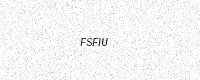
Text: FSFIU